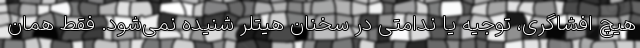
هیچ افشاگری، توجیه یا ندامتی در سخنان هیتلر شنیده نمی‌شود. فقط همان